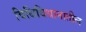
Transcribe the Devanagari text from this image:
विधिविधानातील